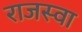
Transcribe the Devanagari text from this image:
राजस्वा